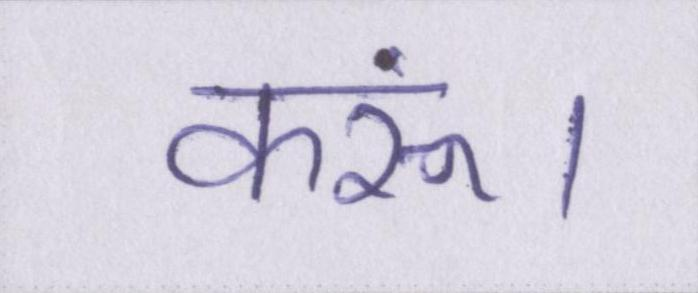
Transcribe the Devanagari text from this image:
करूं।